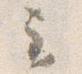
云